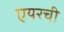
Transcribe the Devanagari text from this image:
एयरची